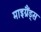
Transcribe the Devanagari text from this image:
माइग्रैंड्स